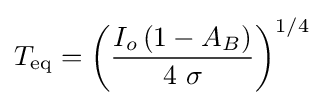
{T}_{\rm {eq}}={\left({\frac {I_{o}\left(1-A_{B}\right)}{4\ \sigma }}\right)}^{1/4}